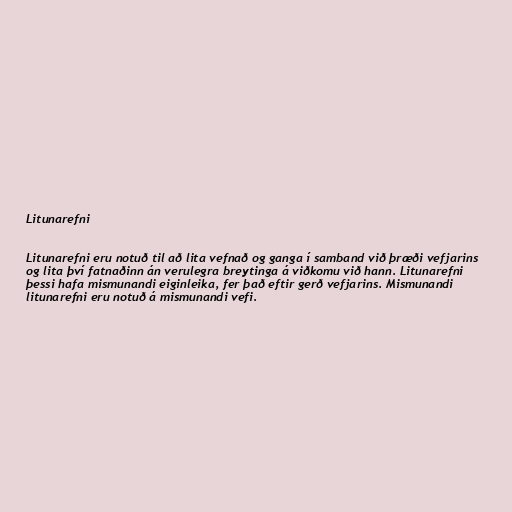
Litunarefni

Litunarefni eru notuð til að lita vefnað og ganga í samband við þræði vefjarins
og lita því fatnaðinn án verulegra breytinga á viðkomu við hann. Litunarefni
þessi hafa mismunandi eiginleika, fer það eftir gerð vefjarins. Mismunandi
litunarefni eru notuð á mismunandi vefi.